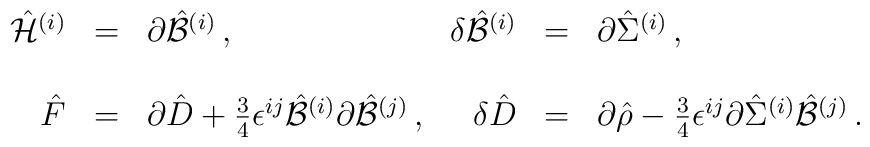
\begin{array}{rclrcl}\hat{\cal H}^{(i)}&=&\partial\hat{\cal B}^{(i)}\, ,&\delta\hat{\cal B}^{(i)}&=&\partial\hat{\Sigma}^{(i)}\, ,\\& & & & &\\\hat{F}&=&\partial\hat{D} +{\textstyle\frac{3}{4}}\epsilon^{ij}\hat{\cal B}^{(i)} \partial\hat{\cal B}^{(j)}\, ,&\delta\hat{D}&=&\partial\hat{\rho} -{\textstyle\frac{3}{4}}\epsilon^{ij}\partial\hat{\Sigma}^{(i)} \hat{\cal B}^{(j)}\, .\end{array}